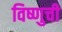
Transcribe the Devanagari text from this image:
विष्णुची